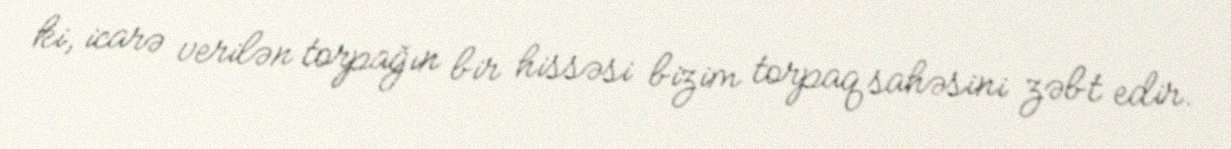
ki, icarə verilən torpağın bir hissəsi bizim torpaq sahəsini zəbt edir.